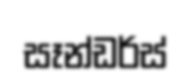
සෑන්ඩර්ස්